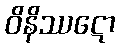
ဝိနိဿဋော